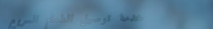
خدمة توصيل الطعام السريع